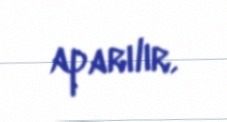
aparılır.